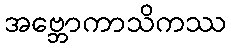
အဗ္ဘောကာသိကဿ